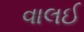
વાલઈ